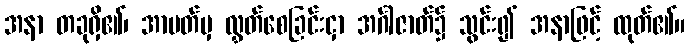
အနာ တခုရှိ၏၊ အာပတ်မှ လွှတ်စေခြင်းငှာ အင်္ဂါဇာတ်၌ သွင်း၍ အနာဖြင့် ထုတ်၏။